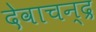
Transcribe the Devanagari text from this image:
देवाचन्द्र